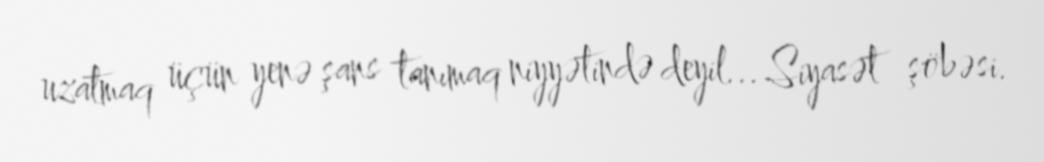
uzatmaq üçün yenə şans tanımaq niyyətində deyil... Siyasət şöbəsi.